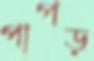
পাপড়